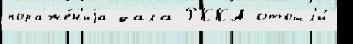
пораже́н'иjа дала РККА отошл'и́